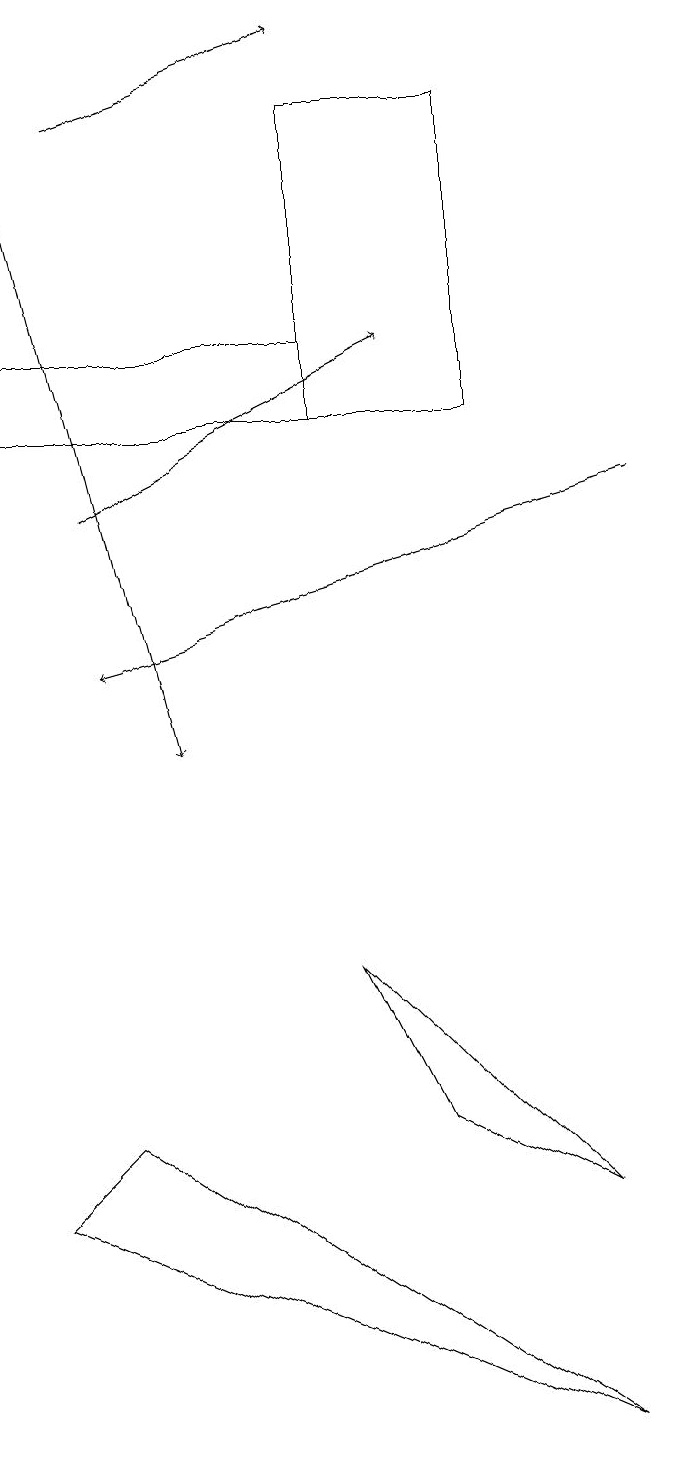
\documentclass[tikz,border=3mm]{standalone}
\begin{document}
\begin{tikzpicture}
\draw[->] (2,18) -- (5,19);
\draw (7,14) rectangle (5,18);
\draw[->] (1,18) -- (3,10);
\draw[->] (2,13) -- (6,15);
\draw (1,4) -- (2,5) -- (8,1) -- cycle;
\draw (6,5) -- (8,4) -- (5,7) -- cycle;
\draw (5,14) rectangle (1,15);
\draw[->] (9,13) -- (2,11);
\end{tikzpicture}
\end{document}